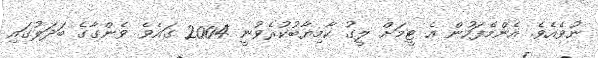
ނުވެއެވެ. އެންމެފަހުން އެ ޓީމަށް ލީގު ކާމިޔާބުކުރެވުނީ 2004 ގައެވެ. ވެންގާގެ ބަދަލުގައި